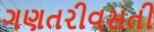
ગણતરીવસતી